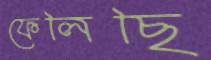
ফেলিছি